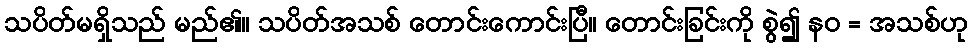
သပိတ်မရှိသည် မည်၏။ သပိတ်အသစ် တောင်းကောင်းပြီ။ တောင်းခြင်းကို စွဲ၍ နဝ = အသစ်ဟု